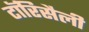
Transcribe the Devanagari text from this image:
टॉरिसैली